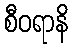
စီဝရာနိ